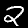
Digit: 2